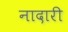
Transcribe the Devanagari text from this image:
नादारी